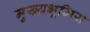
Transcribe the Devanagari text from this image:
मुख्यभूमिय